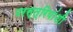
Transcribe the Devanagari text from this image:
परस्त्रियांशी